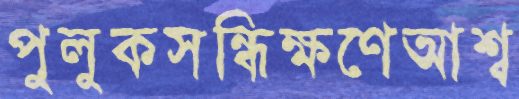
পুলুকসন্ধিক্ষণেআশ্ব